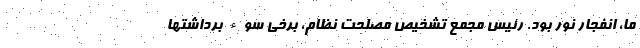
ما، انفجار نور بود. رئیس مجمع تشخیص مصلحت نظام، برخی سوء برداشتها